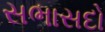
સભાસદો